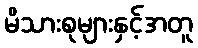
မိသားစုများနှင့်အတူ